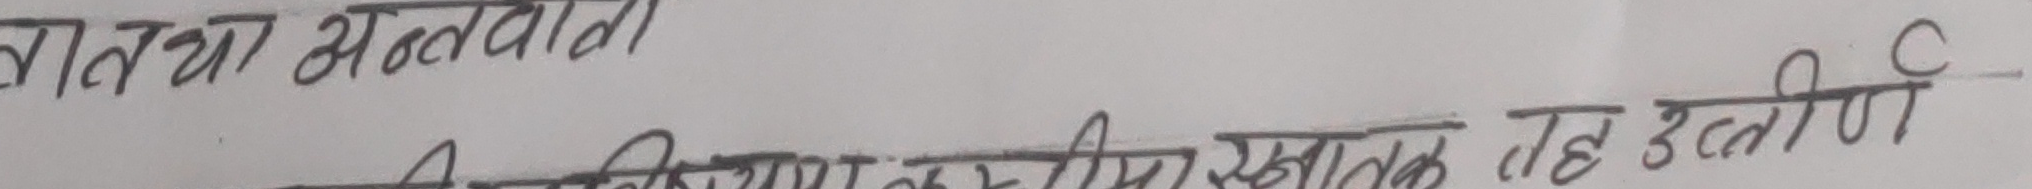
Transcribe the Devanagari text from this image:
हातमा भलवातो A सविदामा स्पस्टार्थक तह उत्तीर्ण C